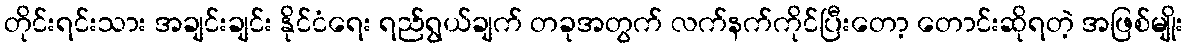
တိုင်းရင်းသား အချင်းချင်း နိုင်ငံရေး ရည်ရွယ်ချက် တခုအတွက် လက်နက်ကိုင်ပြီးတော့ တောင်းဆိုရတဲ့ အဖြစ်မျိုး